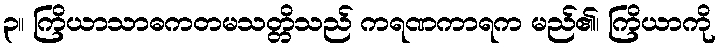
၃။ ကြိယာသာဓကတမသတ္တိသည် ကရဏကာရက မည်၏၊ ကြိယာကို